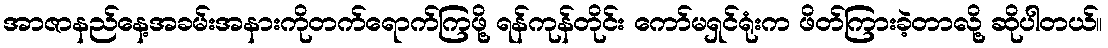
အာဇာနည်နေ့အခမ်းအနားကိုတက်ရောက်ကြဖို့ ရန်ကုန်တိုင်း ကော်မရှင်ရုံးက ဖိတ်ကြားခဲ့တာလို့ ဆိုပါတယ်။